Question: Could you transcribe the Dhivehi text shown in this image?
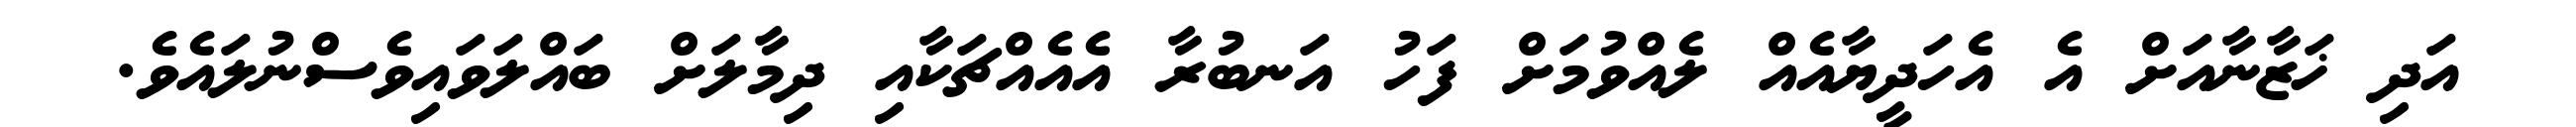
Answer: އަދި ޚަޒާނާއަށް އެ އެހަދީޔާއެއް ލެއްވުމަށް ފަހު އަނބުރާ އެއެއްޗަކާއި ދިމާލަށް ބައްލަވައިވެސްނުލައެވެ.